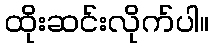
ထိုးဆင်းလိုက်ပါ။